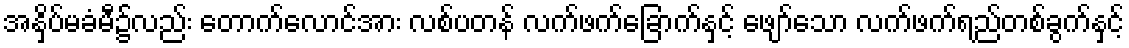
အနှိပ်မခံမီ၌လည်း တောက်လောင်အား လစ်ပတန် လက်ဖက်ခြောက်နှင့် ဖျော်သော လက်ဖက်ရည်တစ်ခွက်နှင့်